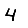
Digit: 4